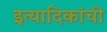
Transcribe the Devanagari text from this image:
इत्यादिकांची